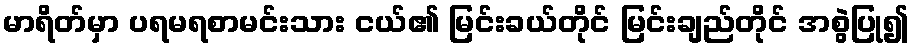
မာရိတ်မှာ ပရမရစာမင်းသား ငယ်၏ မြင်းခယ်တိုင် မြင်းချည်တိုင် အစွဲပြု၍